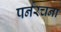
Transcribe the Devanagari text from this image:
पर्नरचना